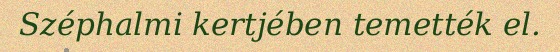
Széphalmi kertjében temették el.